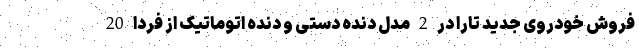
فروش خودروی جدید تارا در 2 مدل دنده دستی و دنده اتوماتیک از فردا 20